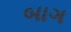
બાગ